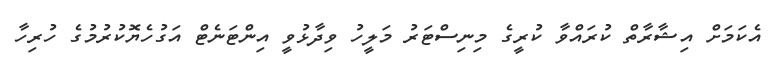
އެކަމަށް އިޝާރާތް ކުރައްވާ ކުރީގެ މިނިސްޓަރު މަލީހު ވިދާޅުވީ އިންޓަނެޓް އަގުހެޔޮކުރުމުގެ ހުރިހާ